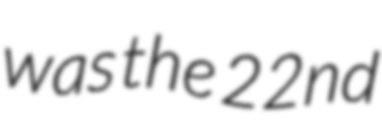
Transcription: was the 22nd